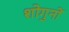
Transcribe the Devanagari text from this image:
शोगुनों